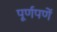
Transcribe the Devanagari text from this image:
पूर्णपणें